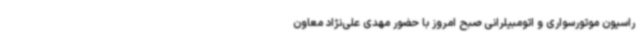
راسیون موتورسواری و اتومبیلرانی صبح امروز با حضور مهدی علی‌نژاد معاون